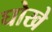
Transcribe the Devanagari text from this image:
घोखे